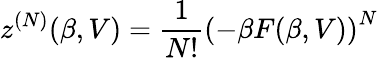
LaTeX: z^{(N)}(\beta,V)=\frac{1}{N!}\left(-\beta F(\beta,V)\right)^{N}